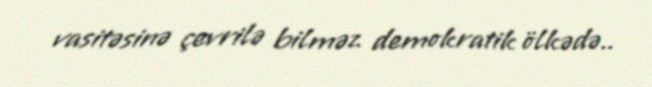
vasitəsinə çevrilə bilməz demokratik ölkədə..